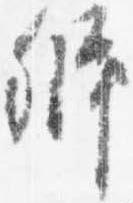
弁